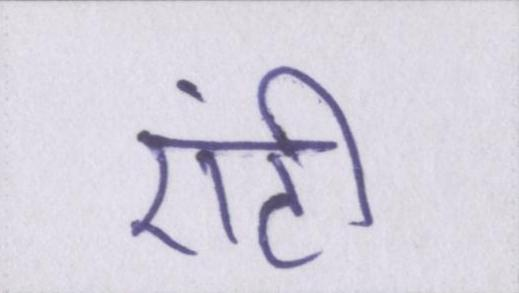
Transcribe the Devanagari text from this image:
एंटी